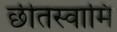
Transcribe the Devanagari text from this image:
छीतस्वामि